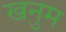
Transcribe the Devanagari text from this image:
खनुम